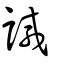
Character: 諴